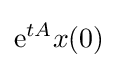
\mathrm {e} ^{tA}x(0)